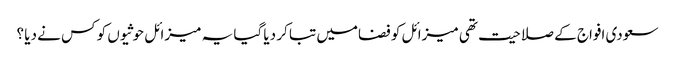
سعودی افواج کے صلاحیت تھی میزائل کو فضامیں تبا کر دیا گیا یہ میزائل حوثیوں کو کس نے دیا ؟